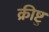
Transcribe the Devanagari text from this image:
क्रीष्टु